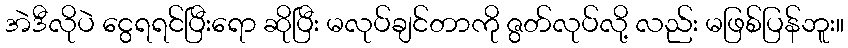
အဲဒီလိုပဲ ငွေရရင်ပြီးရော ဆိုပြီး မလုပ်ချင်တာကို ဇွတ်လုပ်လို့ လည်း မဖြစ်ပြန်ဘူး။